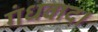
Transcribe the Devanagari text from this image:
गंधवाद।